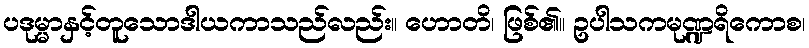
ပဒုမ္မာနှင့်တူသောဒါယကာသည်လည်း။ ဟောတိ၊ ဖြစ်၏။ ဥပါသကမုဏ္ဍရိကောစ၊